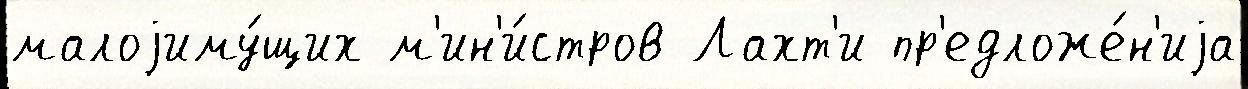
малоjиму́щих м'ин'и́стров Лахт'и пр'едложе́н'иjа